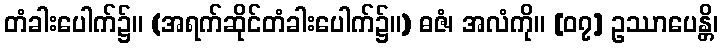
တံခါးပေါက်၌။ (အရက်ဆိုင်တံခါးပေါက်၌။) ဓဇံ၊ အလံကို။ [၀၇] ဥဿာပေန္တိ၊